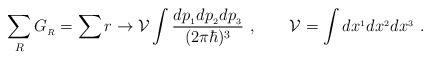
LaTeX: \begin{align*}\sum_R G_{_R}=\sum r\rightarrow {\cal V}\int{ dp_{_1}dp_{_2}dp_{_3} \over (2\pi\hbar)^3}\ ,\qquad {\cal V}=\int dx^{_1}dx^{_2}dx^{_3} \ .\end{align*}